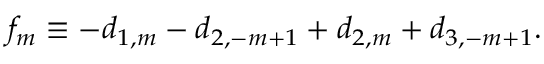
f _ { m } \equiv - d _ { 1 , m } - d _ { 2 , - m + 1 } + d _ { 2 , m } + d _ { 3 , - m + 1 } .